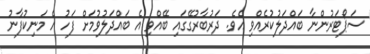
ސަޕޯޓަރުންނާ ބައްދަލުކުރެއްވި އެވެ. ދަރުބާރުގޭގައި ބޭއްވި އެ ބައްދަލުވުމަށް ފަހު އެ މަނިކުފާނު